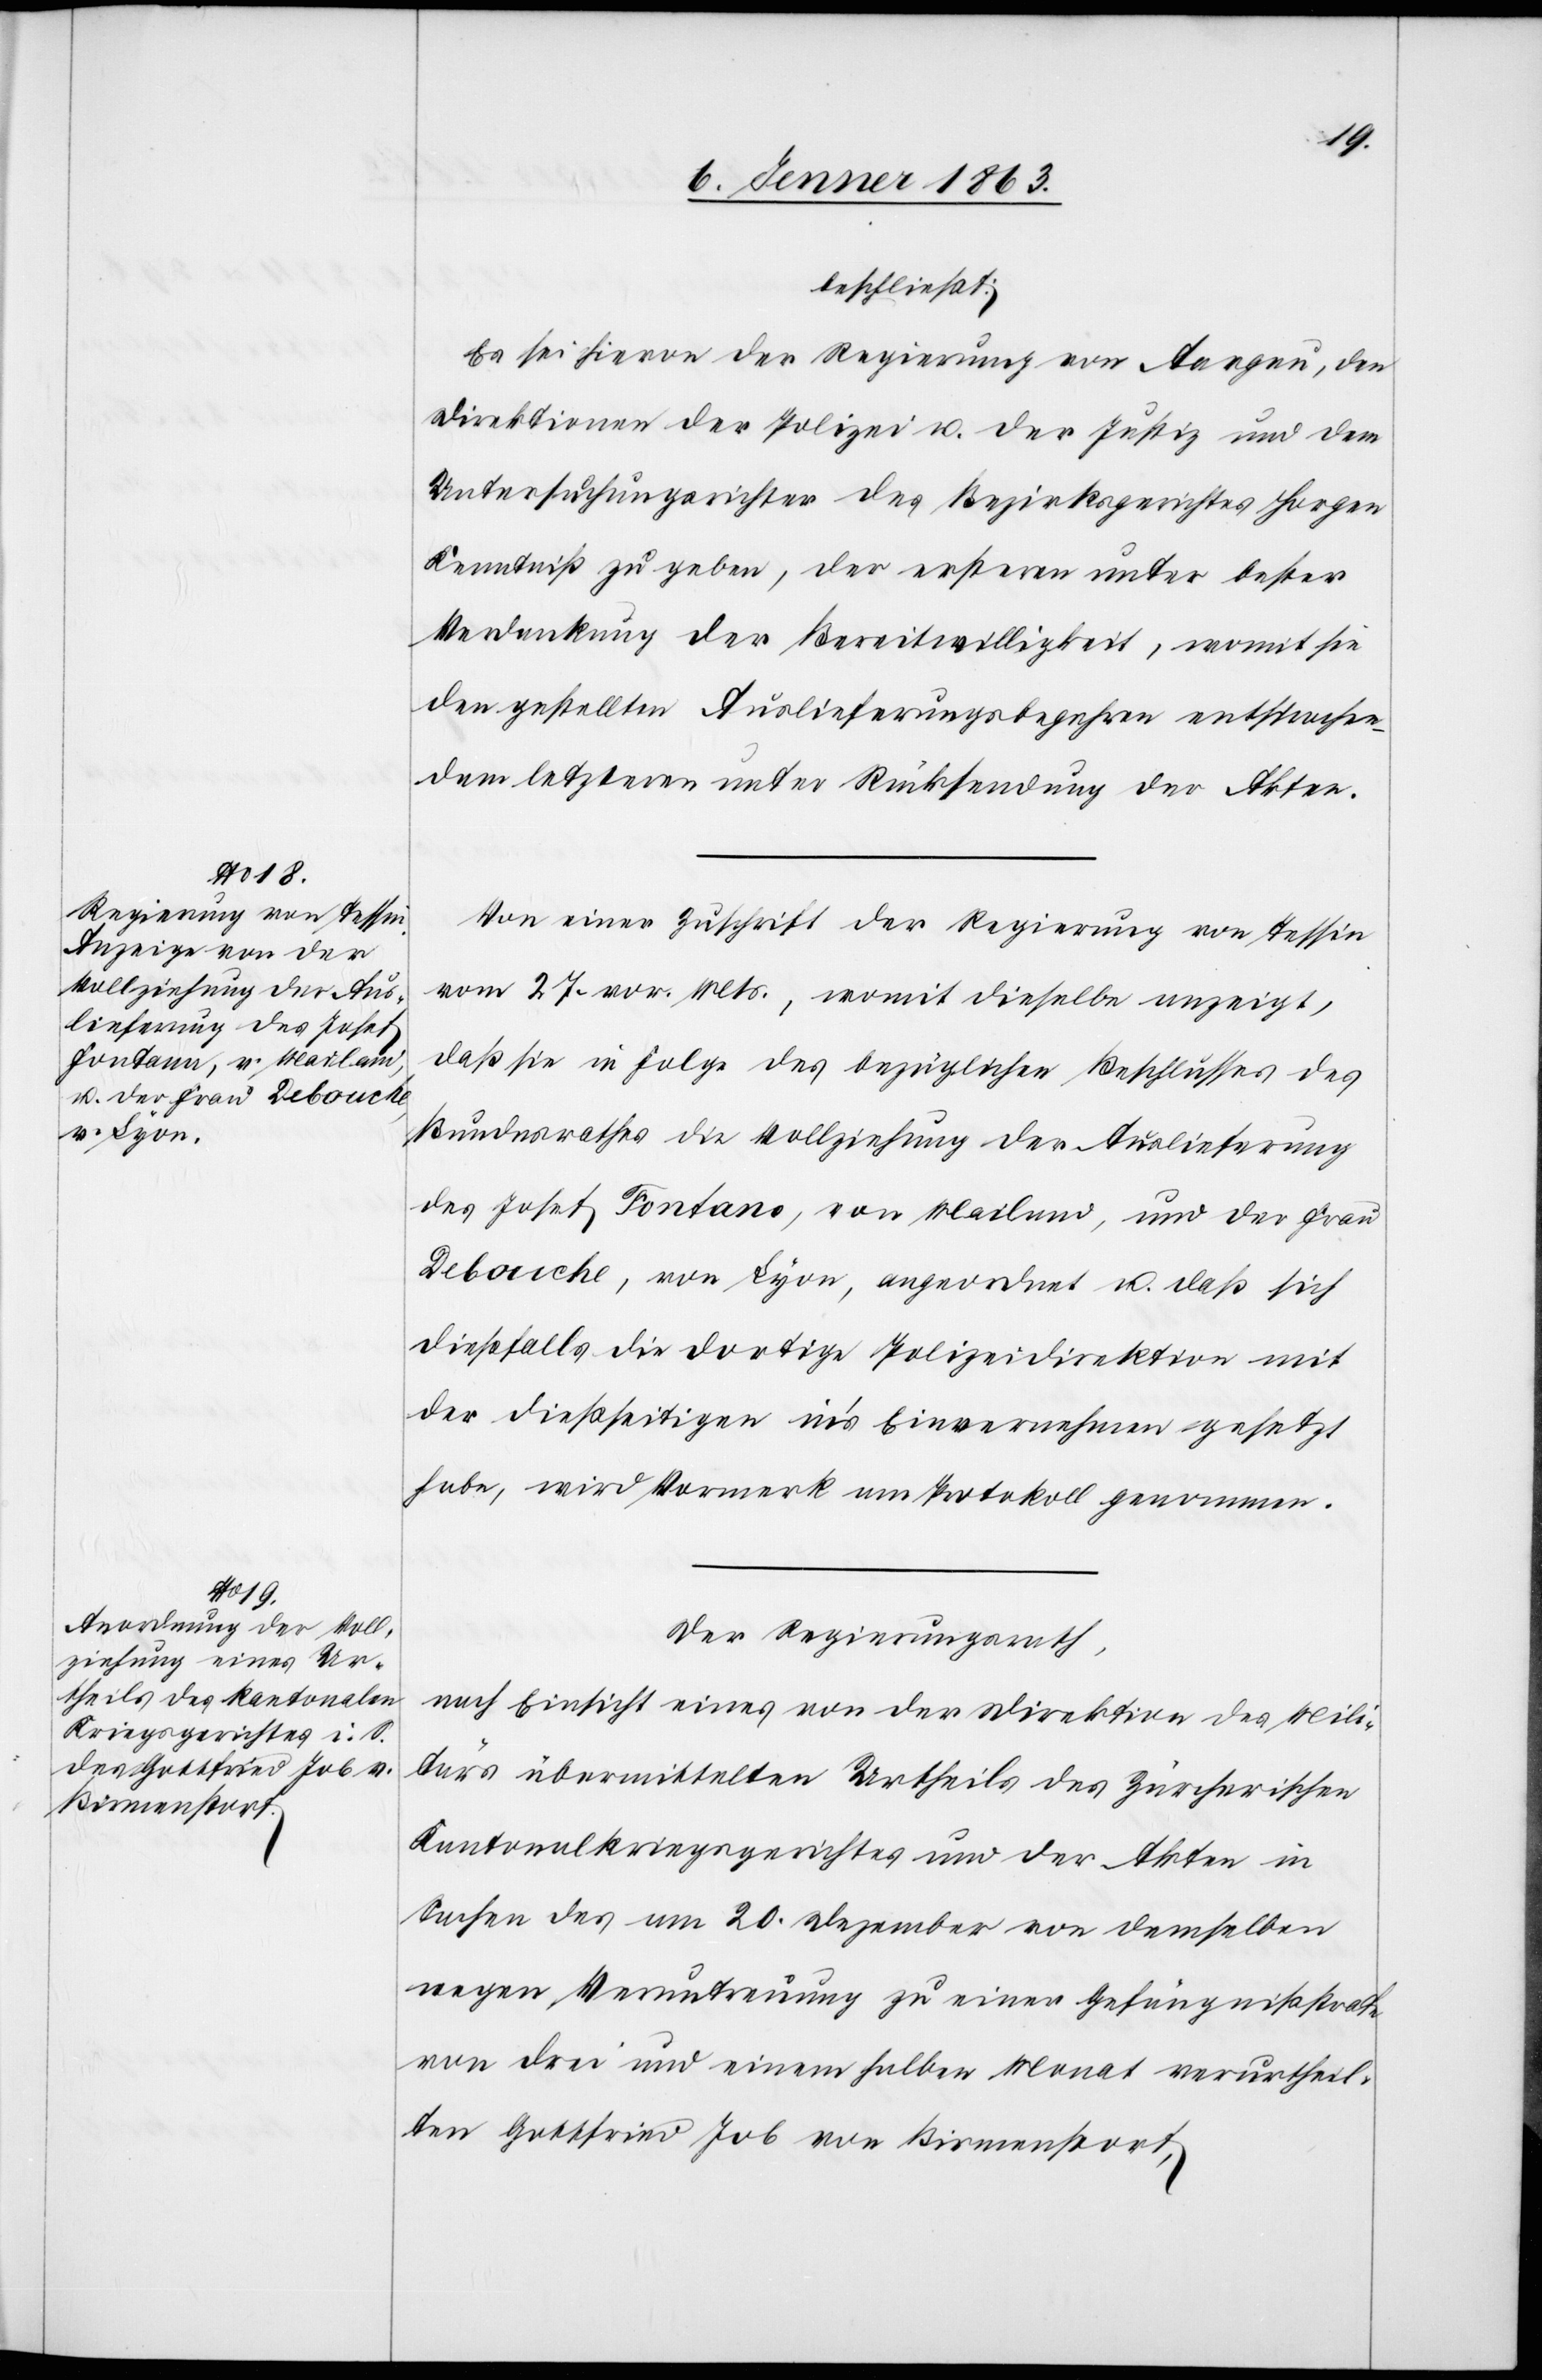
beschließt:
Es sei hievon der Regierung von Aargau, den
Direktionen der Polizei u. der Justiz und dem
Untersuchungsrichter des Bezirksgerichtes Horgen
Kenntniß zu geben, der ersteren unter bester
Verdankung der Bereitwilligkeit, womit sie
den gestellten Auslieferungsbegehren entspreche,
dem letzteren unter Rücksendung der Akten.
Von einer Zuschrift der Regierung von Tessin
vom 27. vor. Mts., womit dieselbe anzeigt,
daß sie in Folge des bezüglichen Beschlusses des
Bundesrathes die Vollziehung der Auslieferung
des Josef Fontana, von Mailand, und der Frau
Debouche, von Lyon, angeordnet u. daß sich
dießfalls die dortige Polizeidirektion mit
der dießseitigen in's Einvernehmen gesetzt
habe, wird Vormerk am Protokoll genommen.
Der Regierungsrath,
nach Einsicht eines von der Direktion des Mili¬
tärs übermittelten Urtheils des Zürcherischen
Kantonalkriegsgerichtes und der Akten in
Sachen des am 20. Dezember von demselben
wegen Veruntreuung zu einer Gefängnißstrafe
von drei und einem halben Monat verurtheil¬
ten Gottfried Job von Birmenstorf,